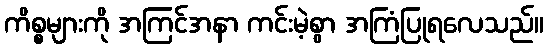
ကိစ္စများကို အကြင်အနာ ကင်းမဲ့စွာ အကြံပြုရလေသည်။